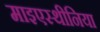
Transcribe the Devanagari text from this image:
माइएस्थीनिया